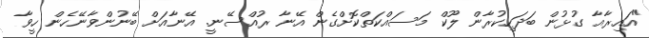
"އައިރާއާ ގުޅުން ބަދަހިކުރާން ލޫކް މަސައްކަތްކޮށްގެން އޭނާ ރުއްސޭނީ. އޭނާއަށް ބޭނުންވާނޭހެން ހީވާ